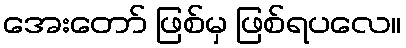
အေးတော် ဖြစ်မှ ဖြစ်ရပလေ။